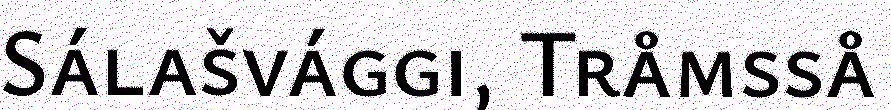
Sálašvággi, Tråmsså